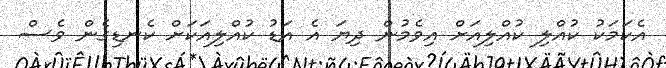
އެކަމަކު ކުއްލި ކުއްލިއަށް އިވެމުން ދިޔަ އެ އަޑު ކުއްލިއަކަށް ކެނޑިގެން ވެސް